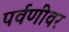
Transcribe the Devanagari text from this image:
पर्वणीवर